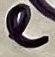
Text: e